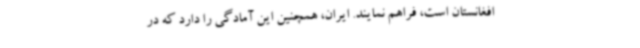
افغانستان است، فراهم نمایند. ایران، همچنین این آمادگی را دارد که در